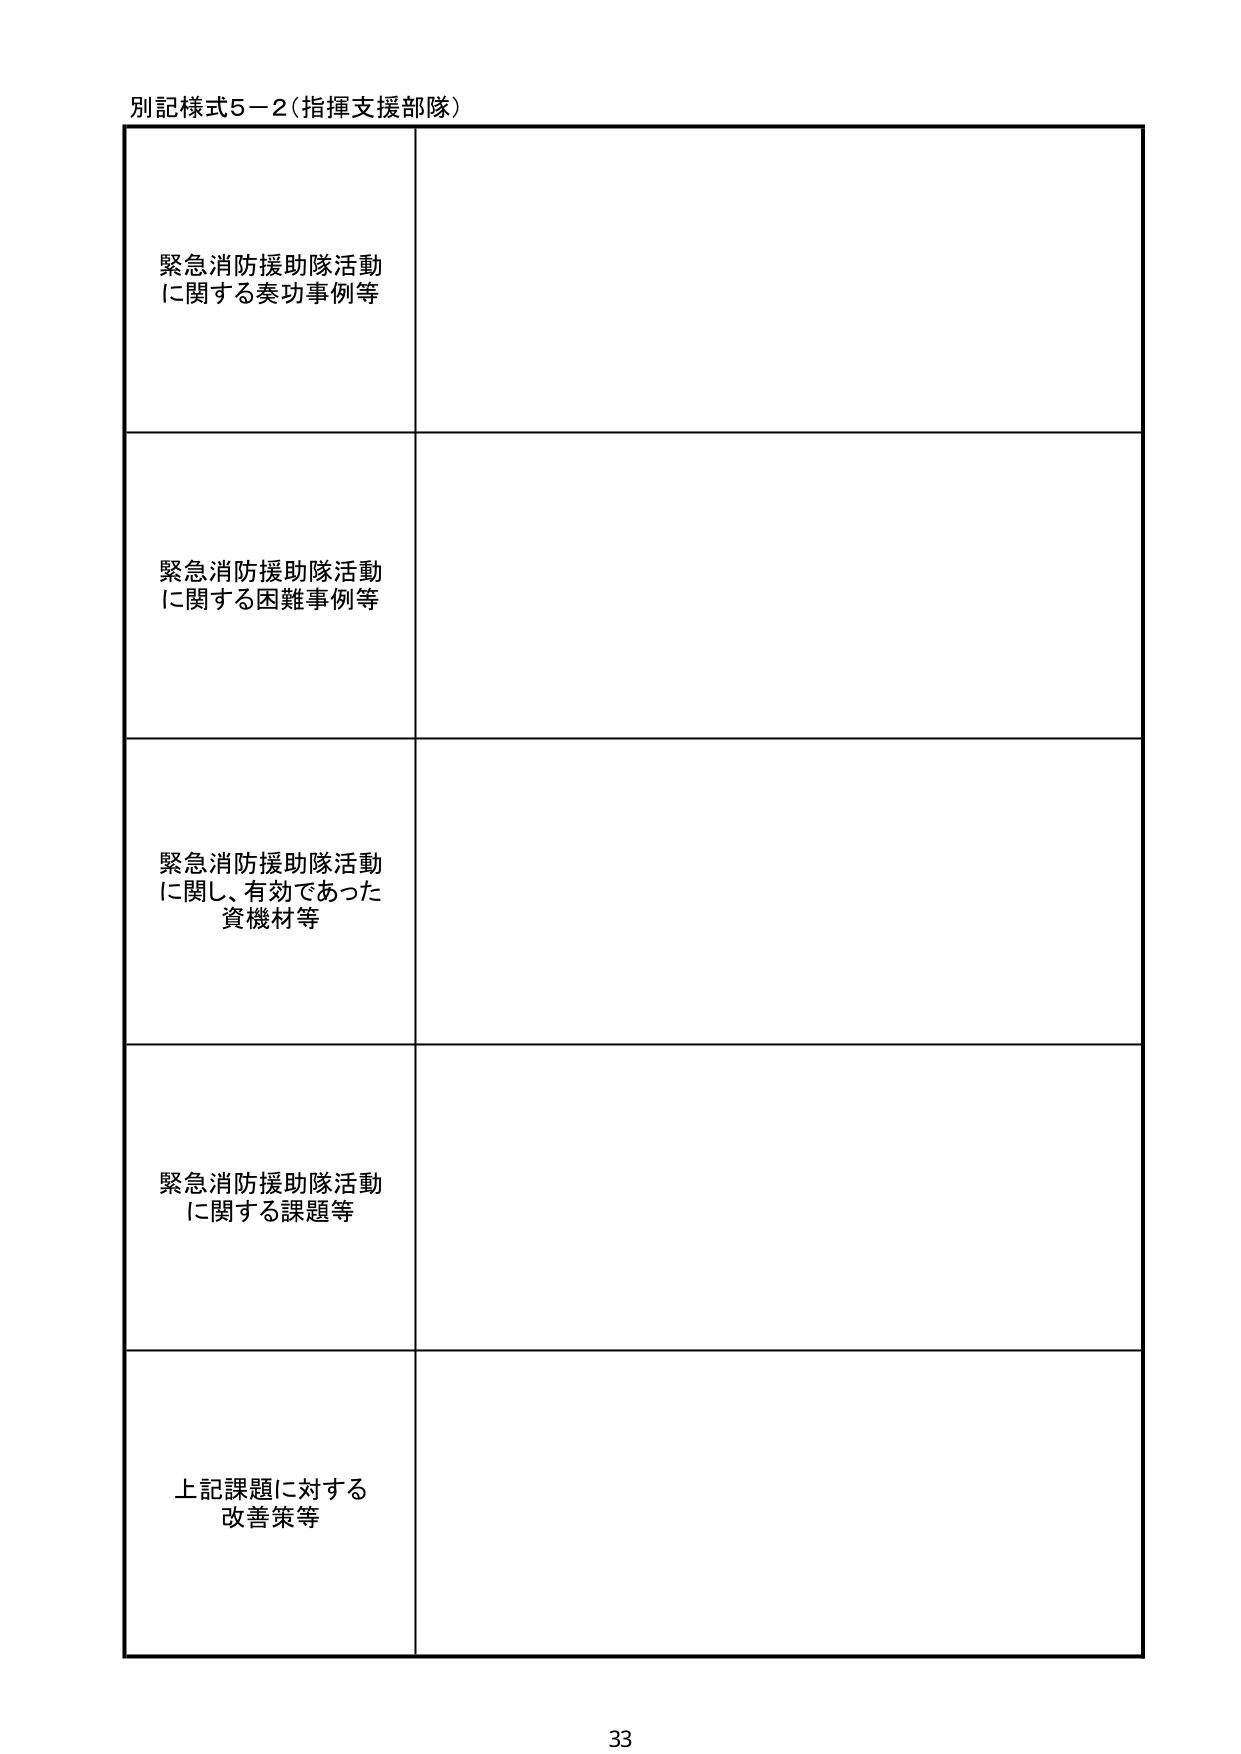
別記様式5－2（指揮支援部隊）

緊急消防援助隊活動
に関する奏功事例等

緊急消防援助隊活動
に関する困難事例等

緊急消防援助隊活動
に関し、有効であった
資機材等

緊急消防援助隊活動
に関する課題等

上記課題に対する
改善策等

33